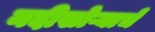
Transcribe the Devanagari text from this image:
नदीखोऱ्याचे